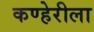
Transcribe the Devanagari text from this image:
कण्हेरीला